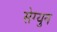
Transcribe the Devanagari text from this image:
सेग्युन